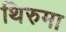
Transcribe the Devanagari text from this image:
थिरुमा